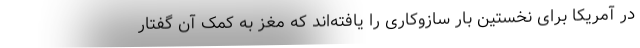
در آمریکا برای نخستین بار سازوکاری را یافته‌اند که مغز به کمک آن گفتار